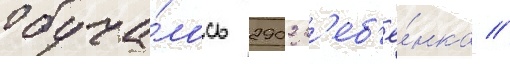
обуча́лось 2902 р'еб'ё́нка //